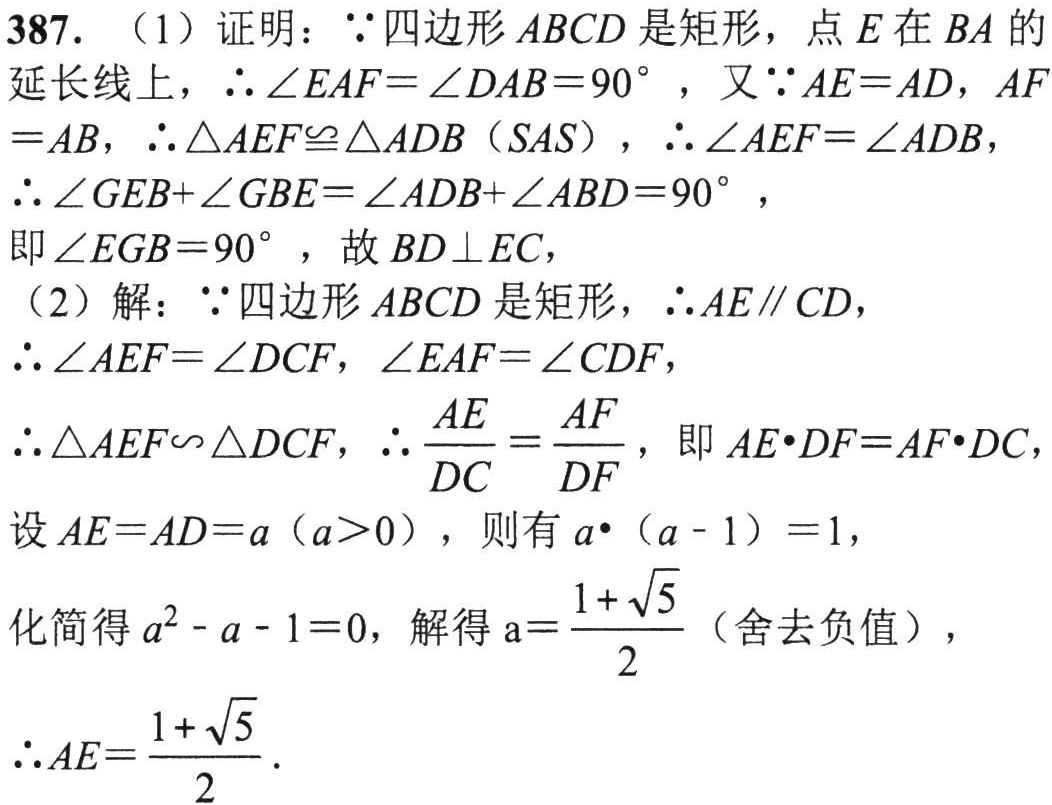
387. （1）证明：$\because$四边形$ABCD$是矩形，点$E$在$BA$的
延长线上，$\therefore\angle EAF = \angle DAB = 90^{\circ}$，又$\because AE = AD$，$AF$
$= AB$，$\therefore\triangle AEF\cong\triangle ADB$（SAS），$\therefore\angle AEF = \angle ADB$，
$\therefore\angle GEB+\angle GBE = \angle ADB+\angle ABD = 90^{\circ}$，
即$\angle EGB = 90^{\circ}$，故$BD\perp EC$，
（2）解：$\because$四边形$ABCD$是矩形，$\therefore AE\parallel CD$，
$\therefore\angle AEF = \angle DCF$，$\angle EAF = \angle CDF$，
$\therefore\triangle AEF\backsim\triangle DCF$，$\therefore\frac{AE}{DC}=\frac{AF}{DF}$，即$AE\cdot DF = AF\cdot DC$，
设$AE = AD = a$（$a>0$），则有$a\cdot (a - 1) = 1$，
化简得$a^{2}-a - 1 = 0$，解得$a = \frac{1 + \sqrt{5}}{2}$（舍去负值），
$\therefore AE=\frac{1 + \sqrt{5}}{2}$.